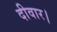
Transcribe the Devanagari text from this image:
दीवार।